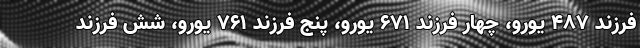
فرزند 487 یورو، چهار فرزند 671 یورو، پنج فرزند 761 یورو، شش فرزند